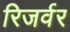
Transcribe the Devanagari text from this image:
रिजर्वर